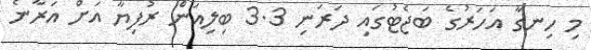
މި ހިނގާ އަހަރުގެ ބަޖެޓުގައި ދަރަނި 3.3 ބިލިއަން ރުފިޔާ އަށް އަރާނެ